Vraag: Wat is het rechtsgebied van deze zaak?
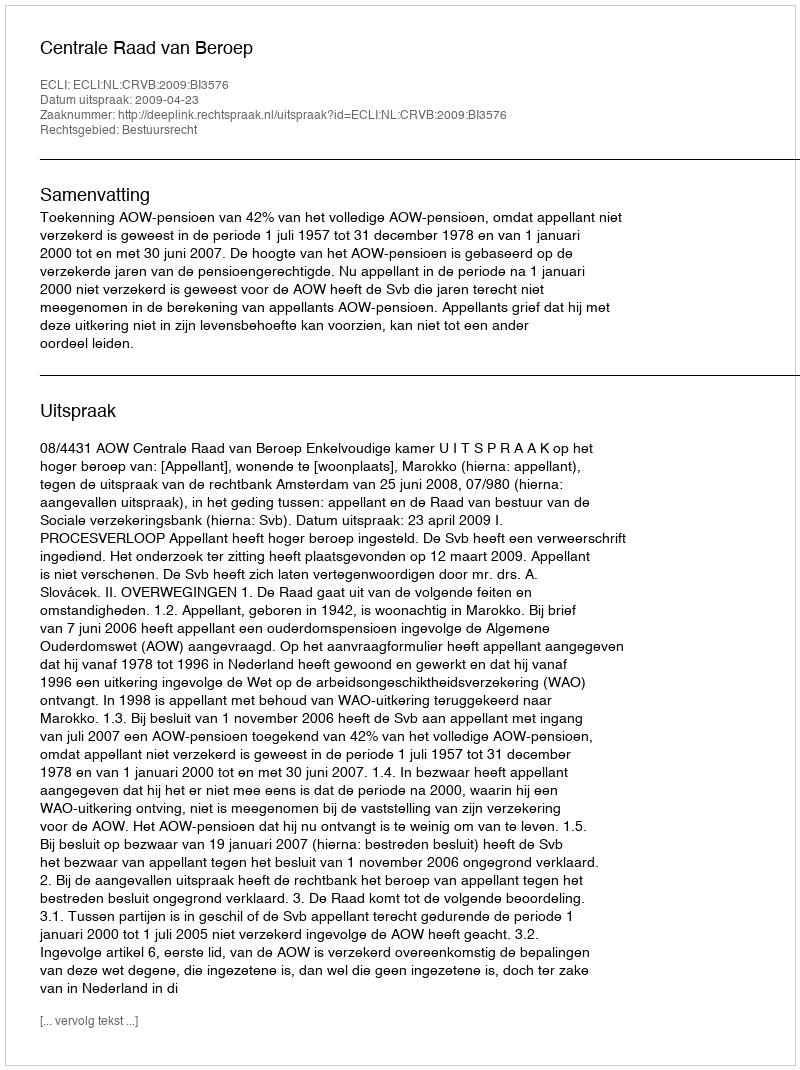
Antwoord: Bestuursrecht